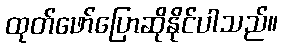
ထုတ်ဖော်ပြောဆိုနိုင်ပါသည်။